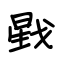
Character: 戥